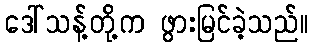
ဒေါ်သန့်တို့က ဖွားမြင်ခဲ့သည်။